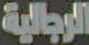
الرجالية